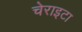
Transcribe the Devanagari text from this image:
चेराइटा